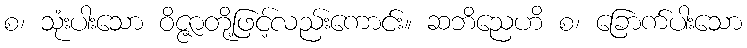
စ၊ သုံးပါးသော ဝိဇ္ဇာတို့ဖြင့်လည်းကောင်း။ ဆဘိညေဟိ စ၊ ခြောက်ပါးသော